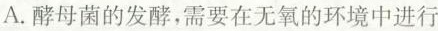
A.酵母菌的发酵，需要在无氧的环境中进行